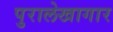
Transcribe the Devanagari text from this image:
पुरालेखागार